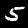
Label: 5